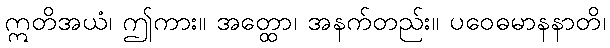
ဣတိအယံ၊ ဤကား။ အတ္ထော၊ အနက်တည်း။ ပဝေဓမာနနာတိ၊